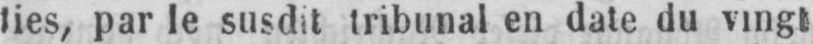
lies, par le susdit tribunal en date du vingt